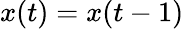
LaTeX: x(t)=x(t-1)